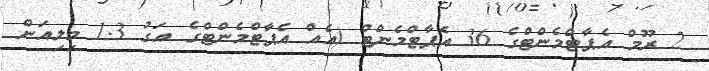
2 ރޫމް އެޕާޓްމެންޓްގެ 36 އެޕާޓްމެންޓް (އެއް އެޕާޓްމެންޓްގެ އަގު 1.3 މިލިއަން